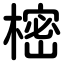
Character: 樒